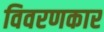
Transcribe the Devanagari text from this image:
विवरणकार